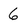
Character: 6